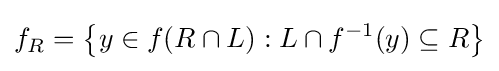
f_{R}=\left\{y\in f(R\cap L):L\cap f^{-1}(y)\subseteq R\right\}